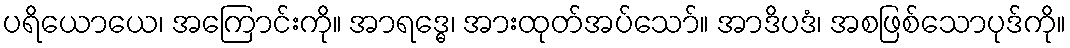
ပရိယောယေ၊ အကြောင်းကို။ အာရဒ္ဓေ၊ အားထုတ်အပ်သော်။ အာဒိပဒံ၊ အစဖြစ်သောပုဒ်ကို။